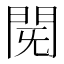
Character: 𮤈